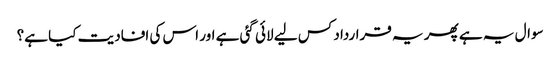
سوال یہ ہے پھر یہ قرارداد کس لیے لائی گئی ہے اور اس کی افادیت کیا ہے؟